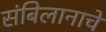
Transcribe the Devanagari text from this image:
संबिलानाचे